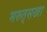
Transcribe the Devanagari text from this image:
मरुत्‌सखा